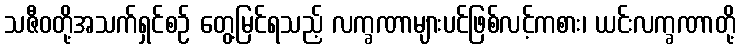
သဇီဝတို့အသက်ရှင်စဉ် တွေ့မြင်ရသည့် လက္ခဏာများပင်ဖြစ်လင့်ကစား၊ ယင်းလက္ခဏာတို့